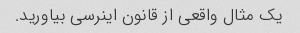
یک مثال واقعی از قانون اینرسی بیاورید.